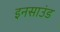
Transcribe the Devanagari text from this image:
इनसाउंड